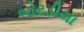
બોરડીયા